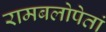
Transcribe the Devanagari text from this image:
रामबलोपेतां